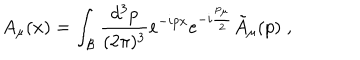
A _ { \mu } ( x ) = \int _ { \cal B } { \frac { d ^ { 3 } p } { ( 2 \pi ) ^ { 3 } } } e ^ { - i p x } e ^ { - i { \frac { p _ { \mu } } { 2 } } } { \tilde { A } } _ { \mu } ( p ) \; ,